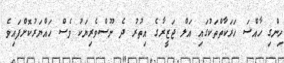
ހިންގި ހާއްސަ ހަރަކާތްތަކުގައި އަލް ޖަޒީރާގެ އިތުރު ދެ ނޫސްވެރިޔަކު ވެސް ހައްޔަރުކޮށްފައިވެ